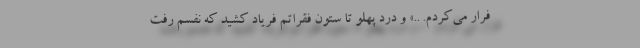
فرار می‌کردم. ..» و درد پهلو تا ستون فقراتم فریاد کشید که نفسم رفت